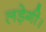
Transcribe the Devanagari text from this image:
लड़ेगी।